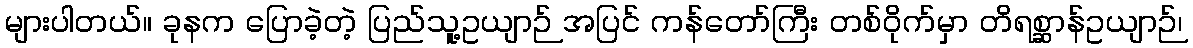
များပါတယ်။ ခုနက ပြောခဲ့တဲ့ ပြည်သူ့ဥယျာဉ် အပြင် ကန်တော်ကြီး တစ်ဝိုက်မှာ တိရစ္ဆာန်ဥယျာဉ်၊